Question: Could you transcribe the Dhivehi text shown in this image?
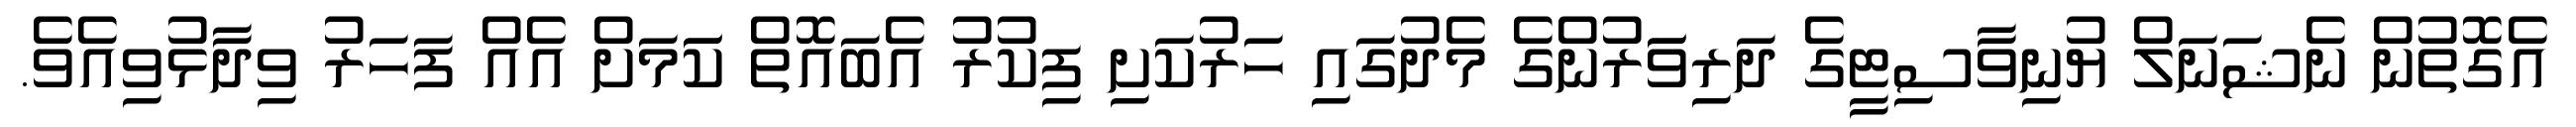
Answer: އެގޮތުން ނެޝަނަލް ޔުނިވާސިޓީގެ ދަރިވަަރުންގެ މެދުގައި ހަރުކަށި ފިކުރު އެބައޮތް ކަަމަށް އެއް ފަހަރު ވިދާޅުވިއެވެ.